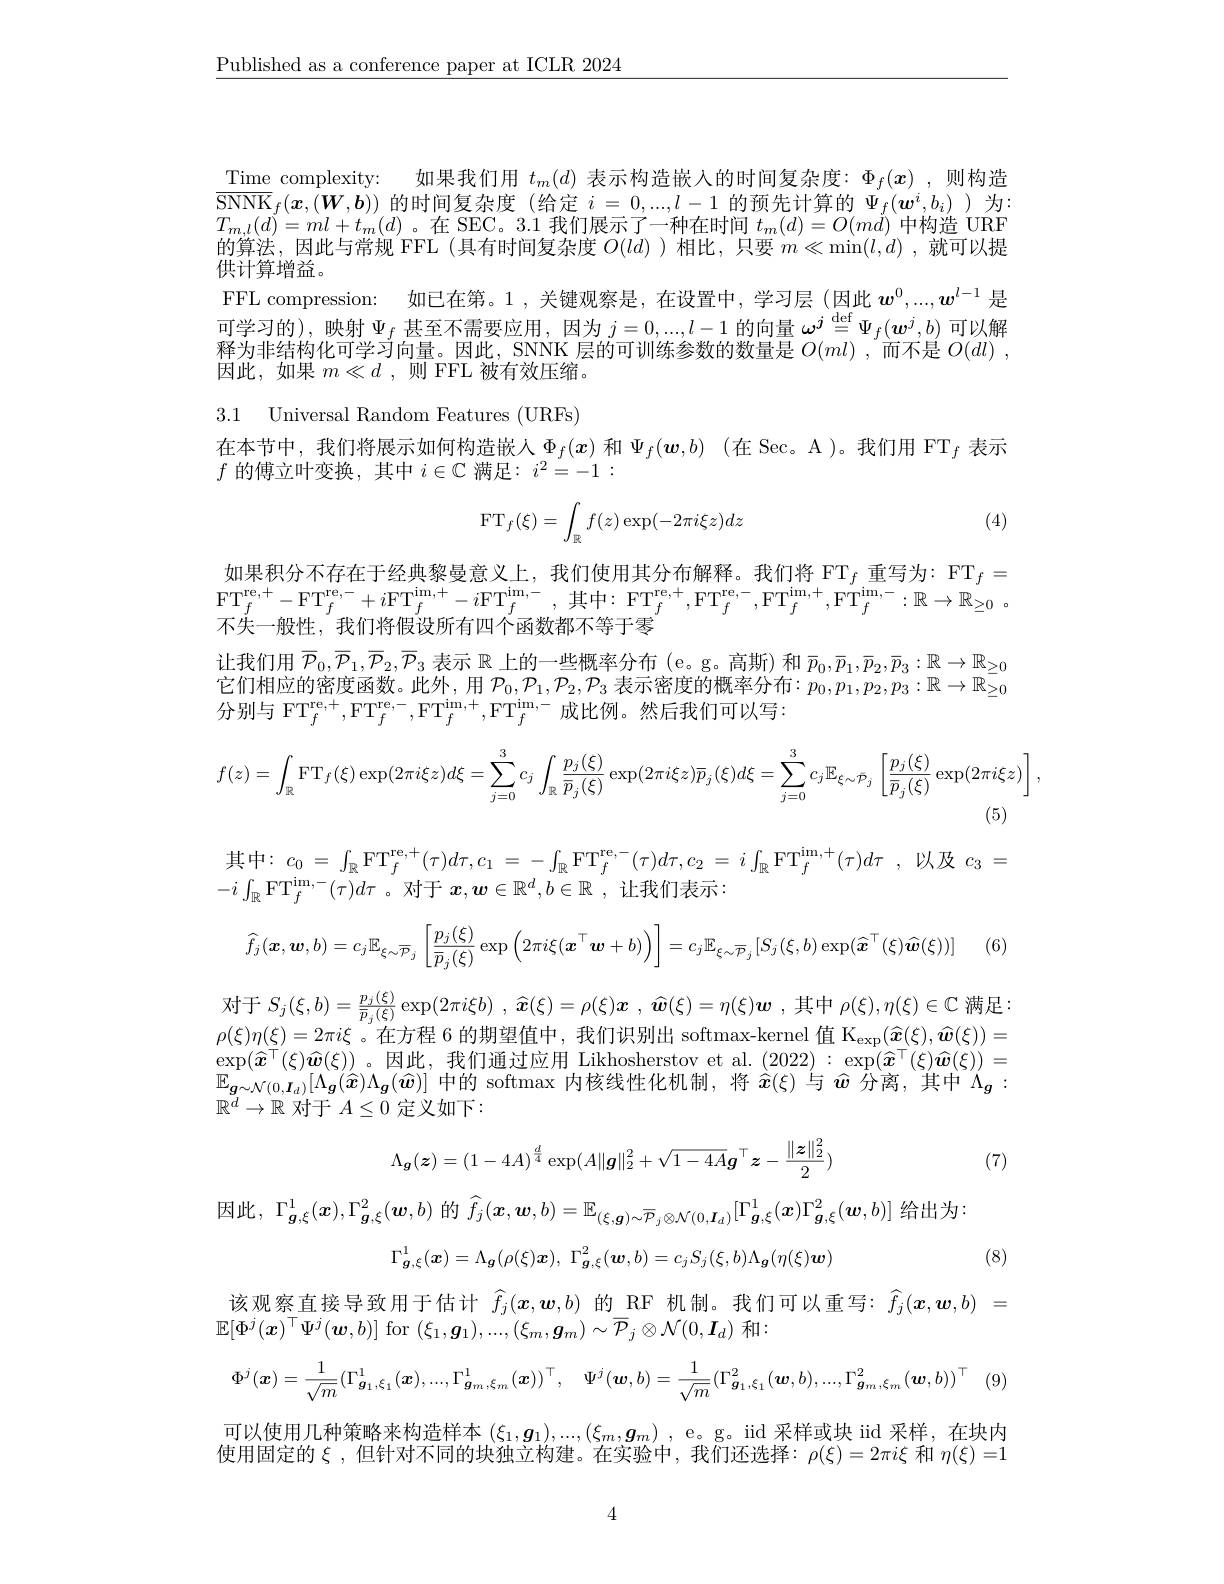
$\underline{\text{Published as a conference paper at ICLR 2024}}$

$\underline{\mathrm{Time}}$ complexity: 如果我们用$t_m(d)$表示构造嵌入的时间复杂度：$\Phi_f(\boldsymbol{x})$,则构造$\overline{\mathrm{SNNK}}_f(\boldsymbol{x},(\boldsymbol{W},\boldsymbol{b}))$的时间复杂度 (给定$i=0,...,l-1$的预先计算的$\Psi_f(\boldsymbol{w}^i,b_i)$ )为$T_{m, l}( d) = ml+ t_{m}( d)$。在 SEC。3. 1 我 们 展 示 了 一 种 在 时 间 $t_{m}( d) = O( md)$ 中 构 造 URF 的 算 法 , 因 此 与 常 规 FFL ( 具 有 时 间 复 杂 度 $O( ld)$ ) 相 比 , 只 要 $m\ll \min ( l, d) $,就 可 以 提供计算增益。
FFL compression: 如已在第。1 , 关键观察是，在设置中，学习层 (因此$w^0,...,w^{l-1}$是可学习的),映射$\Psi_f$甚至不需要应用，因为$j=0,...,l-1$的向量$\omega^j\overset\mathrm{def}{\operatorname*{=}}\Psi_f(\boldsymbol{w}^j,b)$可以解释 为 非 结 构 化 可 学 习 向 量 。因 此 , SNNK 层 的 可 训 练 参 数 的 数 量 是 $O( ml)$ , 而 不 是 $O( dl)$ , 因 此 , 如 果 $m\ll d$ , 则 FFL 被 有 效 压 缩 。

3.1 Universal Random Features (URFs)

在本节中，我们将展示如何构造嵌人$\Phi_f(x)$和$\Psi_f(\boldsymbol{w},b)$ (在 Sec。A )。我们用 FT$_f$表示
$f$的傅立叶变换，其中$i\in\mathbb{C}$满足$:i^2=-1:$
$$\mathrm F\mathrm T_f(\xi)=\int_\mathbb Rf(z)\exp(-2\pi i\xi z)dz$$
(4)

如果积分不存在于经典黎曼意义上，我们使用其分布解释。我们将$\mathrm{FT}_f$重写为：$\mathrm{FT}_f=$ $\mathrm{FT}_{f}^{\mathrm{re,+}}-\mathrm{FT}_{f}^{\mathrm{re,-}}+i\mathrm{FT}_{f}^{\mathrm{im,+}}-i\mathrm{FT}_{f}^{\mathrm{im,-}}$,其中：$\mathrm{FT}_f^{\mathrm{re, + }}, \mathrm{FT}_{f}^{\mathrm{re, - }}, \mathrm{FT}_{f}^{\mathrm{im, + }}, \mathrm{FT}_{f}^{\mathrm{im, - }}: \mathbb{R} \to \mathbb{R} _{\geq 0}$ . 不失一般性，我们将假设所有四个函数都不等于零
让我们用$\begin{array}{c}\overline{P}_0,\overline{P}_1,\overline{P}_2,\overline{P}_3\text{ 表示 }\mathbb{R}\end{array}$上的一些概率分布 (e。g。高斯) 和 $\overline p_0,\overline{p}_1,\overline{p}_2,\overline{p}_3:\mathbb{R}\to\mathbb{R}_{\geq0}$ 它们相应的密度函数。此外，用 $\mathcal{P}_0,\mathcal{P}_1,\mathcal{P}_2,\mathcal{P}_3$ 表示密度的概率分布$:p_0,p_1,p_2,p_3:\mathbb{R}\to\mathbb{R}_{\geq0}^-$ 分别与 FT$_f^\mathrm{re,+},\mathrm{FT}_{f}^\mathrm{re,-},\mathrm{FT}_{f}^{\mathrm{re,-}},\mathrm{FT}_{f}^{\mathrm{im,+}},\mathrm{FT}_{f}^{\mathrm{im,-}}$成比例。然后我们可以写：
$$f(z)=\int_{\mathbb{R}}\mathrm{FT}_{f}(\xi)\exp(2\pi i\xi z)d\xi=\sum_{j=0}^{3}c_{j}\int_{\mathbb{R}}\frac{p_{j}(\xi)}{\overline{p}_{j}(\xi)}\exp(2\pi i\xi z)\overline{p}_{j}(\xi)d\xi=\sum_{j=0}^{3}c_{j}\mathrm{E}_{\xi\sim\overline{\mathcal{P}}_{j}}\left[\frac{p_{j}(\xi)}{\overline{p}_{j}(\xi)}\exp(2\pi i\xi z)\right],$$
其中：$c_0=\int_{\mathbb{R}}\mathrm{FT}_{f}^{\mathrm{re,+}}(\tau)d\tau,c_{1}=-\int_{\mathbb{R}}\mathrm{FT}_{f}^{\mathrm{re,-}}(\tau)d\tau,c_{2}=i\int_{\mathbb{R}}\mathrm{FT}_{f}^{\mathrm{im,+}}(\tau)d\tau$,以及$c_3=$
$-i\int_{\mathbb{R}}\mathrm{FT}_{f}^{\mathrm{im,-}}(\tau)d\tau$。对于$x, \boldsymbol{w}\in \mathbb{R} ^d, b\in \mathbb{R}$ ,让我们表示：
$$\widehat{f}_{j}(\boldsymbol{x},\boldsymbol{w},b)=c_{j}\mathbb{E}_{\xi\sim\overline{P}_{j}}\left[\frac{p_{j}(\xi)}{\overline{p}_{j}(\xi)}\exp\left(2\pi i\xi(\boldsymbol{x}^{\top}\boldsymbol{w}+b)\right)\right]=c_{j}\mathbb{E}_{\xi\sim\overline{P}_{j}}[S_{j}(\xi,b)\exp(\widehat{\boldsymbol{x}}^{\top}(\xi)\widehat{\boldsymbol{w}}(\xi))]$$
] (6)

对于$S_{j}( \xi , b) = \frac {p_{j}( \xi ) }{\overline {p}_{j}( \xi ) }\exp ( 2\pi i\xi b)$ , $\widehat{x} ( \xi ) = \rho ( \xi ) \boldsymbol{x}$ , $\widehat{\boldsymbol{w}} ( \xi ) = \eta ( \xi ) \boldsymbol{w}$ ,其中$\rho(\xi),\eta(\xi)\in\mathbb{C}$满足： $\rho(\xi)\eta(\xi)=2\pi i\xi\text{。在方程 6 的期望值中，我们识别出 softmax-kernel 值 K}_{\exp}(\widehat{\boldsymbol{x}}(\xi),\widehat{\boldsymbol{w}}(\xi)) =$ $\exp ( \widehat{\boldsymbol{x}} ^\top ( \xi ) \widehat{\boldsymbol{w}} ( \xi ) )$。因 此 , 我 们 诵 讨 应 用 Likhosherstov et al. ( 2022) : $\exp ( \widehat{\boldsymbol{x}} ^\top ( \xi ) \widehat{\boldsymbol{w}} ( \xi ) ) =$ $\begin{array}{l}\exp(\widehat{\boldsymbol{x}}^{\top}(\xi)\widehat{\boldsymbol{w}}(\xi))\text{。因此，我们通过应用 Likhosherstov et al.(2022):\exp(\widehat{\boldsymbol{x}}}^{\top}(\xi)\widehat{\boldsymbol{w}}(\xi))=\\\mathbb{E}_{\boldsymbol{g}\sim\mathcal{N}(0,\boldsymbol{I}_d)}[\Lambda_{\boldsymbol{g}}(\widehat{\boldsymbol{x}})\Lambda_{\boldsymbol{g}}(\widehat{\boldsymbol{w}})]\text{ 中的 softmax 内核线性化机制，将 }\widehat{\boldsymbol{x}}(\xi)\text{ 与 }\widehat{\boldsymbol{w}}\text{ 分离，其中 }\Lambda_{\boldsymbol{g}}:\end{array}$ $\mathbb{R}^d\to\mathbb{R}$对于$A\leq0$定义如下：

(7)
$$\Lambda_{\boldsymbol{g}}(\boldsymbol{z})=(1-4A)^{\frac{d}{4}}\exp(A\|\boldsymbol{g}\|_2^2+\sqrt{1-4A}\boldsymbol{g}^\top\boldsymbol{z}-\frac{\|\boldsymbol{z}\|_2^2}{2})$$
$\Gamma_{\boldsymbol{g},\xi}^1(\boldsymbol{x}),\Gamma_{\boldsymbol{g},\xi}^2(\boldsymbol{w},b)$
$$b)\:\text{的}\:\widehat{f_{j}}(\boldsymbol{x},\boldsymbol{w},b)=\mathbb{E}_{(\xi,\boldsymbol{g})\sim\overline{\mathcal{P}}_{j}\otimes\mathcal{N}(0,\boldsymbol{I}_{d})}[\Gamma_{\boldsymbol{g},\xi}^{1}(\boldsymbol{x})\Gamma_{\boldsymbol{g},\xi}^{2}(\boldsymbol{w},b)]$$
$$\Gamma_{\boldsymbol{g},\xi}^{1}(\boldsymbol{x})=\Lambda_{\boldsymbol{g}}(\rho(\xi)\boldsymbol{x}),\:\Gamma_{\boldsymbol{g},\xi}^{2}(\boldsymbol{w},b)=c_{j}S_{j}(\xi,b)\Lambda_{\boldsymbol{g}}(\eta(\xi)\boldsymbol{w})$$
(8)

该观察直接导致用于估计$\widehat{f}_j(\boldsymbol{x},\boldsymbol{w},b)$的 RF 机制。我们可以重写：$\widehat{f}_j(\boldsymbol{x},\boldsymbol{w},b)=$
$\mathbb{E}[\Phi^{j}(\boldsymbol{x})^{\top}\Psi^{j}(\boldsymbol{w},b)]$ for $(\xi_1,\boldsymbol{g}_1),...,(\xi_m,\boldsymbol{g}_m)\sim\overline{\mathcal{P}}_j\otimes\mathcal{N}(0,\boldsymbol{I}_d)$和
$$\Phi^j(\boldsymbol{x})=\frac{1}{\sqrt{m}}(\Gamma_{\boldsymbol{g}_1,\xi_1}^1(\boldsymbol{x}),...,\Gamma_{\boldsymbol{g}_m,\xi_m}^1(\boldsymbol{x}))^\top,\quad\Psi^j(\boldsymbol{w},b)=\frac{1}{\sqrt{m}}(\Gamma_{\boldsymbol{g}_1,\xi_1}^2(\boldsymbol{w},b),...,\Gamma_{\boldsymbol{g}_m,\xi_m}^2(\boldsymbol{w},b))^\top $$
可以使用几种策略来构造样本$(\xi_1,\boldsymbol{g}_1),...,(\xi_m,\boldsymbol{g}_m)$, e。g。iid 采样或块 iid 采样，在块内使用固定的$\xi$,但针对不同的块独立构建。在实验中，我们还选择：$\rho(\xi)=2\pi i\xi$ 和 $\eta(\xi)=1$

4